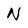
Character: N